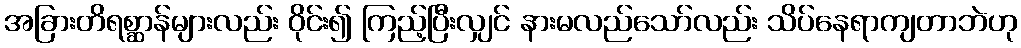
အခြားတိရစ္ဆာန်များလည်း ဝိုင်း၍ ကြည့်ပြီးလျှင် နားမလည်သော်လည်း သိပ်နေရာကျတာဘဲဟု